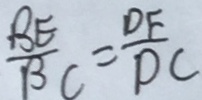
\frac { B E } { B C } = \frac { D F } { D C }